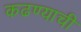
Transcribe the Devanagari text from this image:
कढण्याची